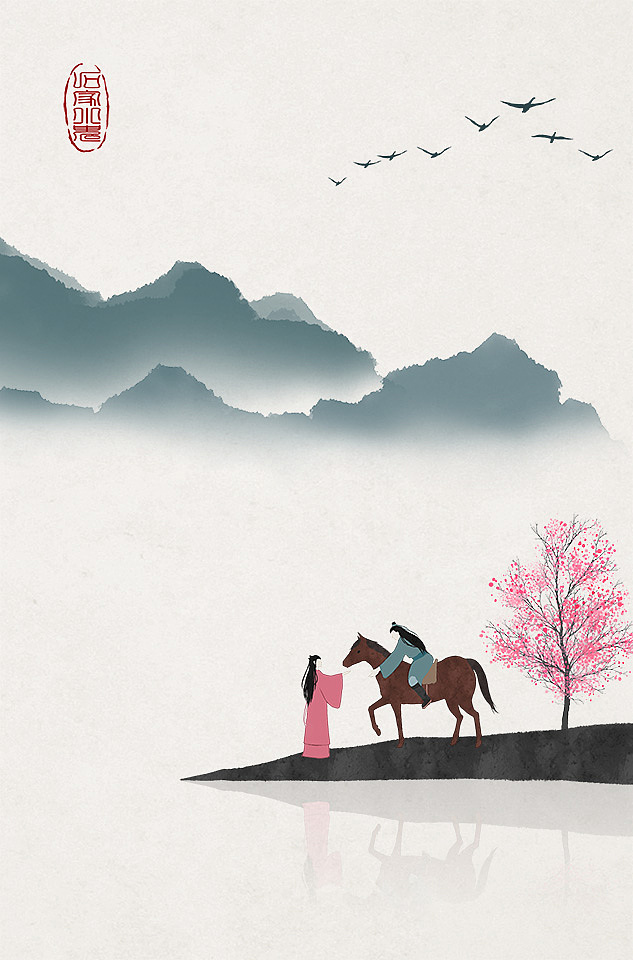
愿得一心人，白头不相离。